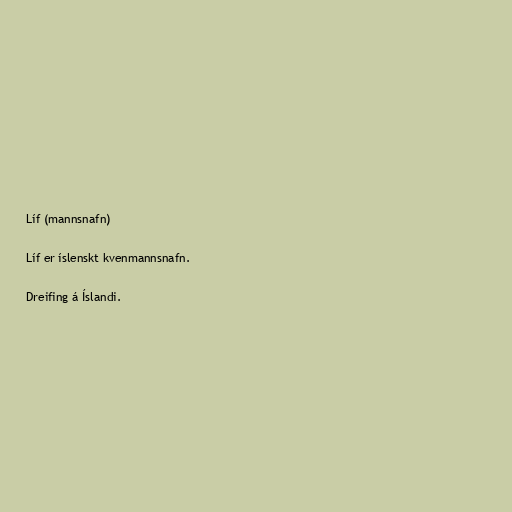
Líf (mannsnafn)

Líf er íslenskt kvenmannsnafn.

Dreifing á Íslandi.